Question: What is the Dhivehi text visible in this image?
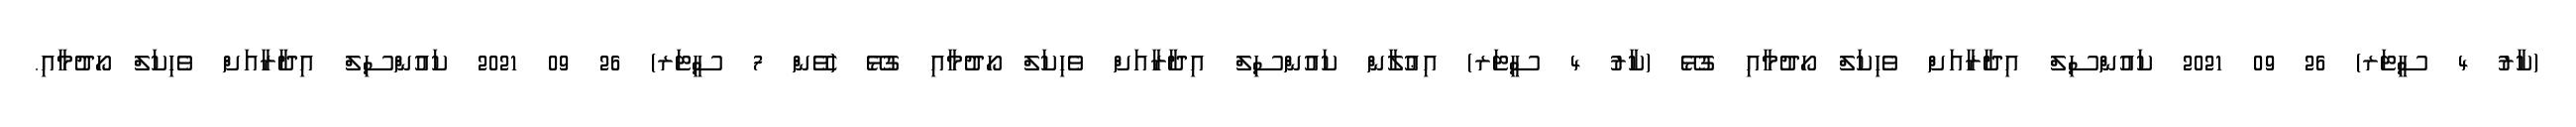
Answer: (ކާރު 4 ސީޓަރ) 26 09 2021 ކައުންސިލް އިދާރާއަށް ވެހިކަލް ހޯދުމާއި ގުޅޭ (ކާރު 4 ސީޓަރ) އިޢުލާން ކައުންސިލް އިދާރާއަށް ވެހިކަލް ހޯދުމާއި ގުޅޭ (ވޭން 7 ސީޓަރ) 26 09 2021 ކައުންސިލް އިދާރާއަށް ވެހިކަލް ހޯދުމާއި.